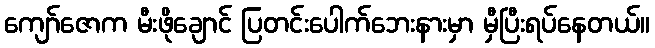
ကျော်ဇောက မီးဖိုချောင် ပြတင်းပေါက်ဘေးနားမှာ မှီပြီးရပ်နေတယ်။